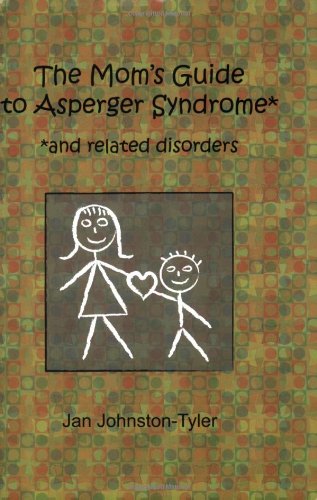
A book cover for The Mom's Guide to Asperger Syndrome and Related Disorders; Jan Johnston-Tyler; Parenting & Relationships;